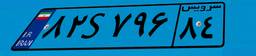
۳۷S۸۴۵۶۴